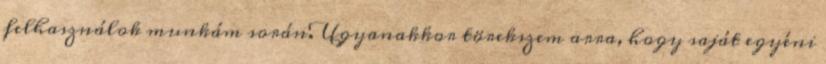
felhasználok munkám során. Ugyanakkor törekszem arra, hogy saját egyéni